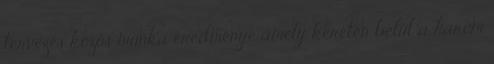
tervezés közös munka eredménye amely keretén belül a három